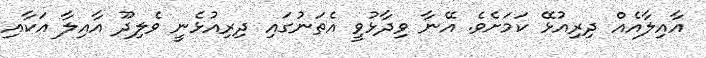
އާއިލާއެއް ދިރިއުޅޭ ކަމަށެވެ. އޭނާ ވިދާޅުވީ އެތަނުގައި ދިރިއުޅެނީ ވެލިދޫ އާއިލާ އަކާއި